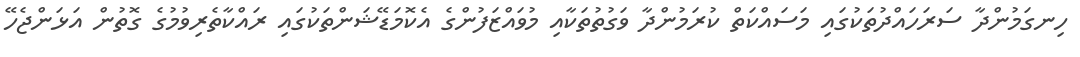
ހިނގަމުންދާ ސަރަހައްދުތަކުގައި މަސައްކަތް ކުރަމުންދާ ވަގުތުތަކާއި މުވައްޒަފުންގެ އެކޮމަޑޭޝަންތަކުގައި ރައްކާތެރިވުމުގެ ގޮތުން އަޅަންޖެހޭ